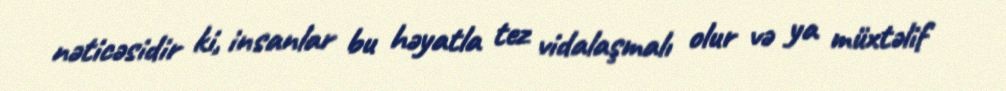
nəticəsidir ki, insanlar bu həyatla tez vidalaşmalı olur və ya müxtəlif